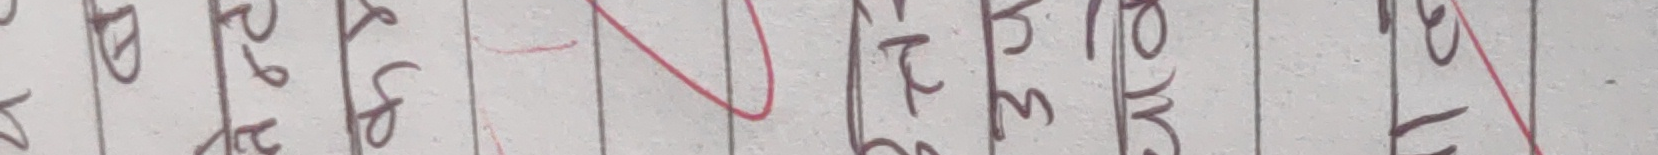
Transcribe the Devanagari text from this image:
घख्म तट्क पफभ यरल्वशष सह्क्ष त्रज्ञश्र